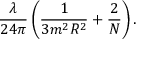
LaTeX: \frac { \lambda } { 2 4 \pi } \left( \frac 1 { 3 m ^ { 2 } R ^ { 2 } } + \frac 2 N \right) \mathrm { . }